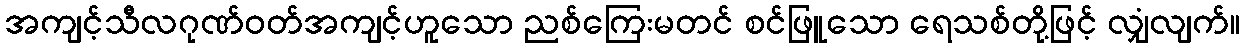
အကျင့်သီလဂုဏ်ဝတ်အကျင့်ဟူသော ညစ်ကြေးမတင် စင်ဖြူသော ရေသစ်တို့ဖြင့် လျှံလျက်။